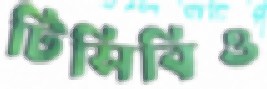
টিসিবিও